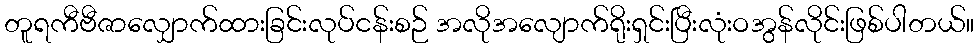
တူရကီဗီဇာလျှောက်ထားခြင်းလုပ်ငန်းစဉ် အလိုအလျောက်ရိုးရှင်းပြီးလုံးဝအွန်လိုင်းဖြစ်ပါတယ်။